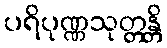
ပရိပုဏ္ဏသုတ္တန္တိ